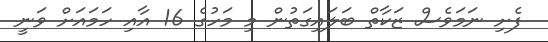
ފެށި ނަމަވެސް ޒަކާތް ބަލައިގަތުން މި މަހުގެ 16 އާއި ހަމައަށް ވަނީ